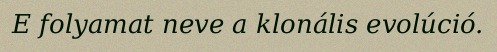
E folyamat neve a klonális evolúció.